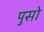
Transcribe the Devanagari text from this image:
पुसो